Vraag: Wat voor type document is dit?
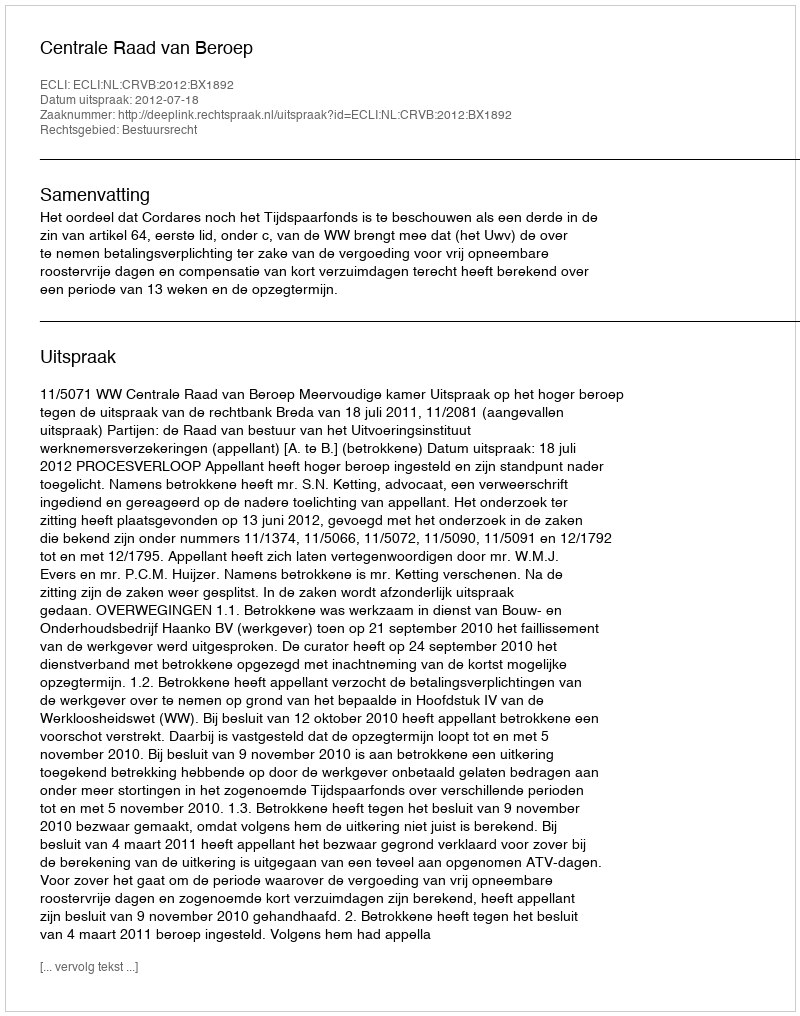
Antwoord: Uitspraak